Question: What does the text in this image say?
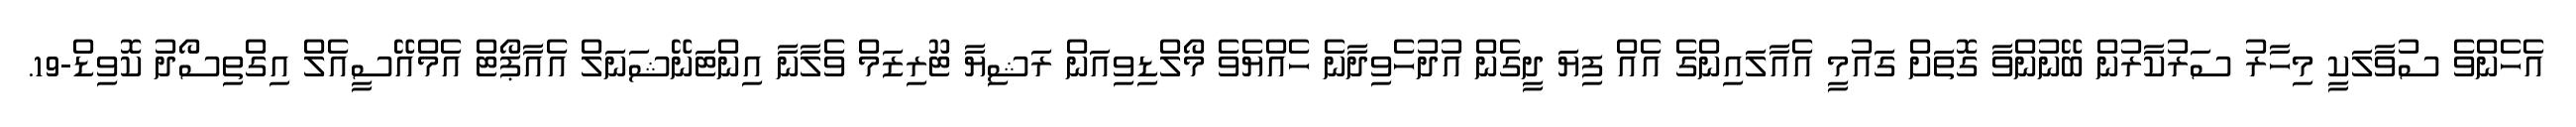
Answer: އެހެންވެ ސުވާލަކީ މިހާރު ސަރުކާރުން ބޭނުންވާ ގޮތަށް ގައުމީ އެއާލައިންގެ އެއް ފިޔަ ދީގެން އުދުހެވިދާނެ ހެއްޔެވެ މޯލްޑިވިއަން ރަޝިޔާ ޓޫރިޒަމް ވެލާނާ އިންޓަނޭޝަނަލް އެއާޕޯޓް އެމްއޭސީއެލް އިގްތިސޯދު ކޮވިޑް-19.